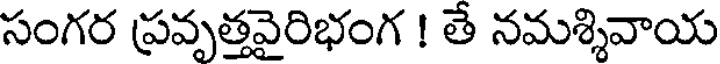
సంగర ప్రవృత్తవైరిభంగ ! తే నమశ్శివాయ